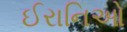
ઈરાનિઓ